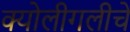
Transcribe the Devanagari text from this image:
क्योलीगलीचे